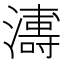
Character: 𭳍